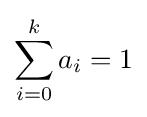
\sum _{i=0}^{k}a_{i}=1